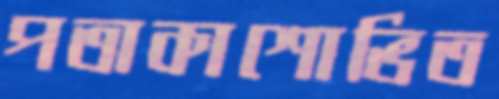
পতাকাশোভিত